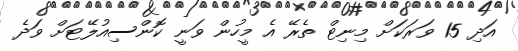
އަދި 15 ވަރަކަށް މިނިޓް ތެރޭ އެ މީހުން ވަނީ ކޮންސިއުލޭޓަށް ވަދެ